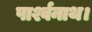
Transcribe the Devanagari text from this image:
पार्श्वनाथ।